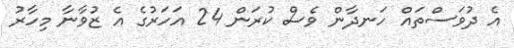
އެ ދުވަސްތައް ހަނދާން ވެސް ކުރަން 24 އަހަރުގެ އެ ޒުވާނާ މިހާރު